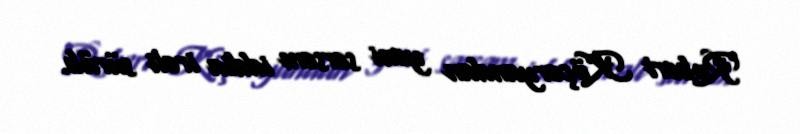
Robert Köçəryandan yeni sərsəm iddia irəli sürüb.